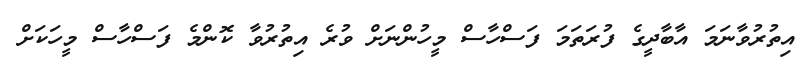
އިތުރުވާނަމަ އާބާދީގެ ފުރަތަމަ ފަސްހާސް މީހުންނަށް ވުރެ އިތުރުވާ ކޮންމެ ފަސްހާސް މީހަކަށް